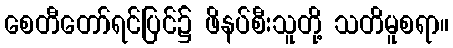
စေတီတော်ရင်ပြင်၌ ဖိနပ်စီးသူတို့ သတိမူစရာ။